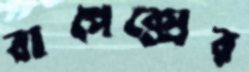
বাপেক্সের